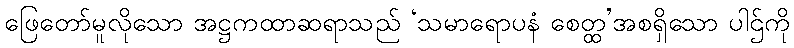
ဖြေတော်မူလိုသော အဋ္ဌကထာဆရာသည် ‘သမာရောပနံ စေတ္ထ’အစရှိသော ပါဌ်ကို